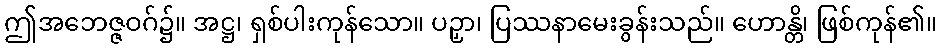
ဤအဘေဇ္ဇဝဂ်၌။ အဋ္ဌ၊ ရှစ်ပါးကုန်သော။ ပဉှာ၊ ပြဿနာမေးခွန်းသည်။ ဟောန္တိ၊ ဖြစ်ကုန်၏။